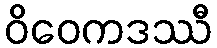
ဝိဝေကဒဿီ